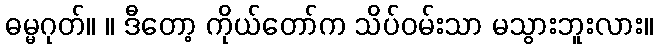
ဓမ္မဂုတ်။ ။ ဒီတော့ ကိုယ်တော်က သိပ်ဝမ်းသာ မသွားဘူးလား။